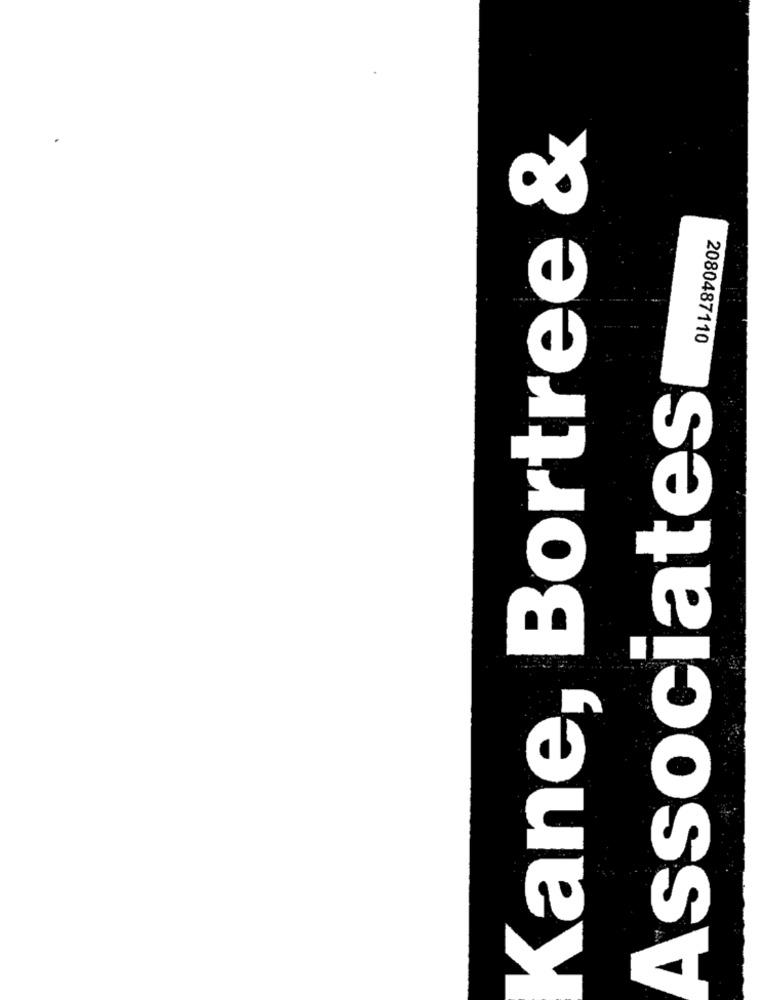
Kane, Bortree &
2080487110
Associates